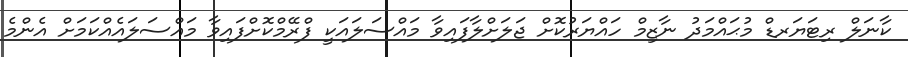
ކާނަލް ރިޓަޔަރޑް މުޙައްމަދު ނާޒިމް ހައްޔަރުކޮށް ޖަލަށްލާފައިވާ މައްސަލައަކީ ފްރޭމްކޮށްފައިވާ މައްސަލައެއްކަމަށް އެންމެ